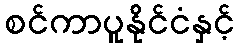
စင်ကာပူနိုင်ငံနှင့်